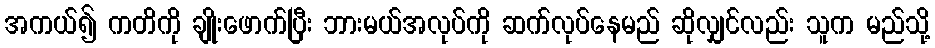
အကယ်၍ ကတိကို ချိုးဖောက်ပြီး ဘားမယ်အလုပ်ကို ဆက်လုပ်နေမည် ဆိုလျှင်လည်း သူက မည်သို့